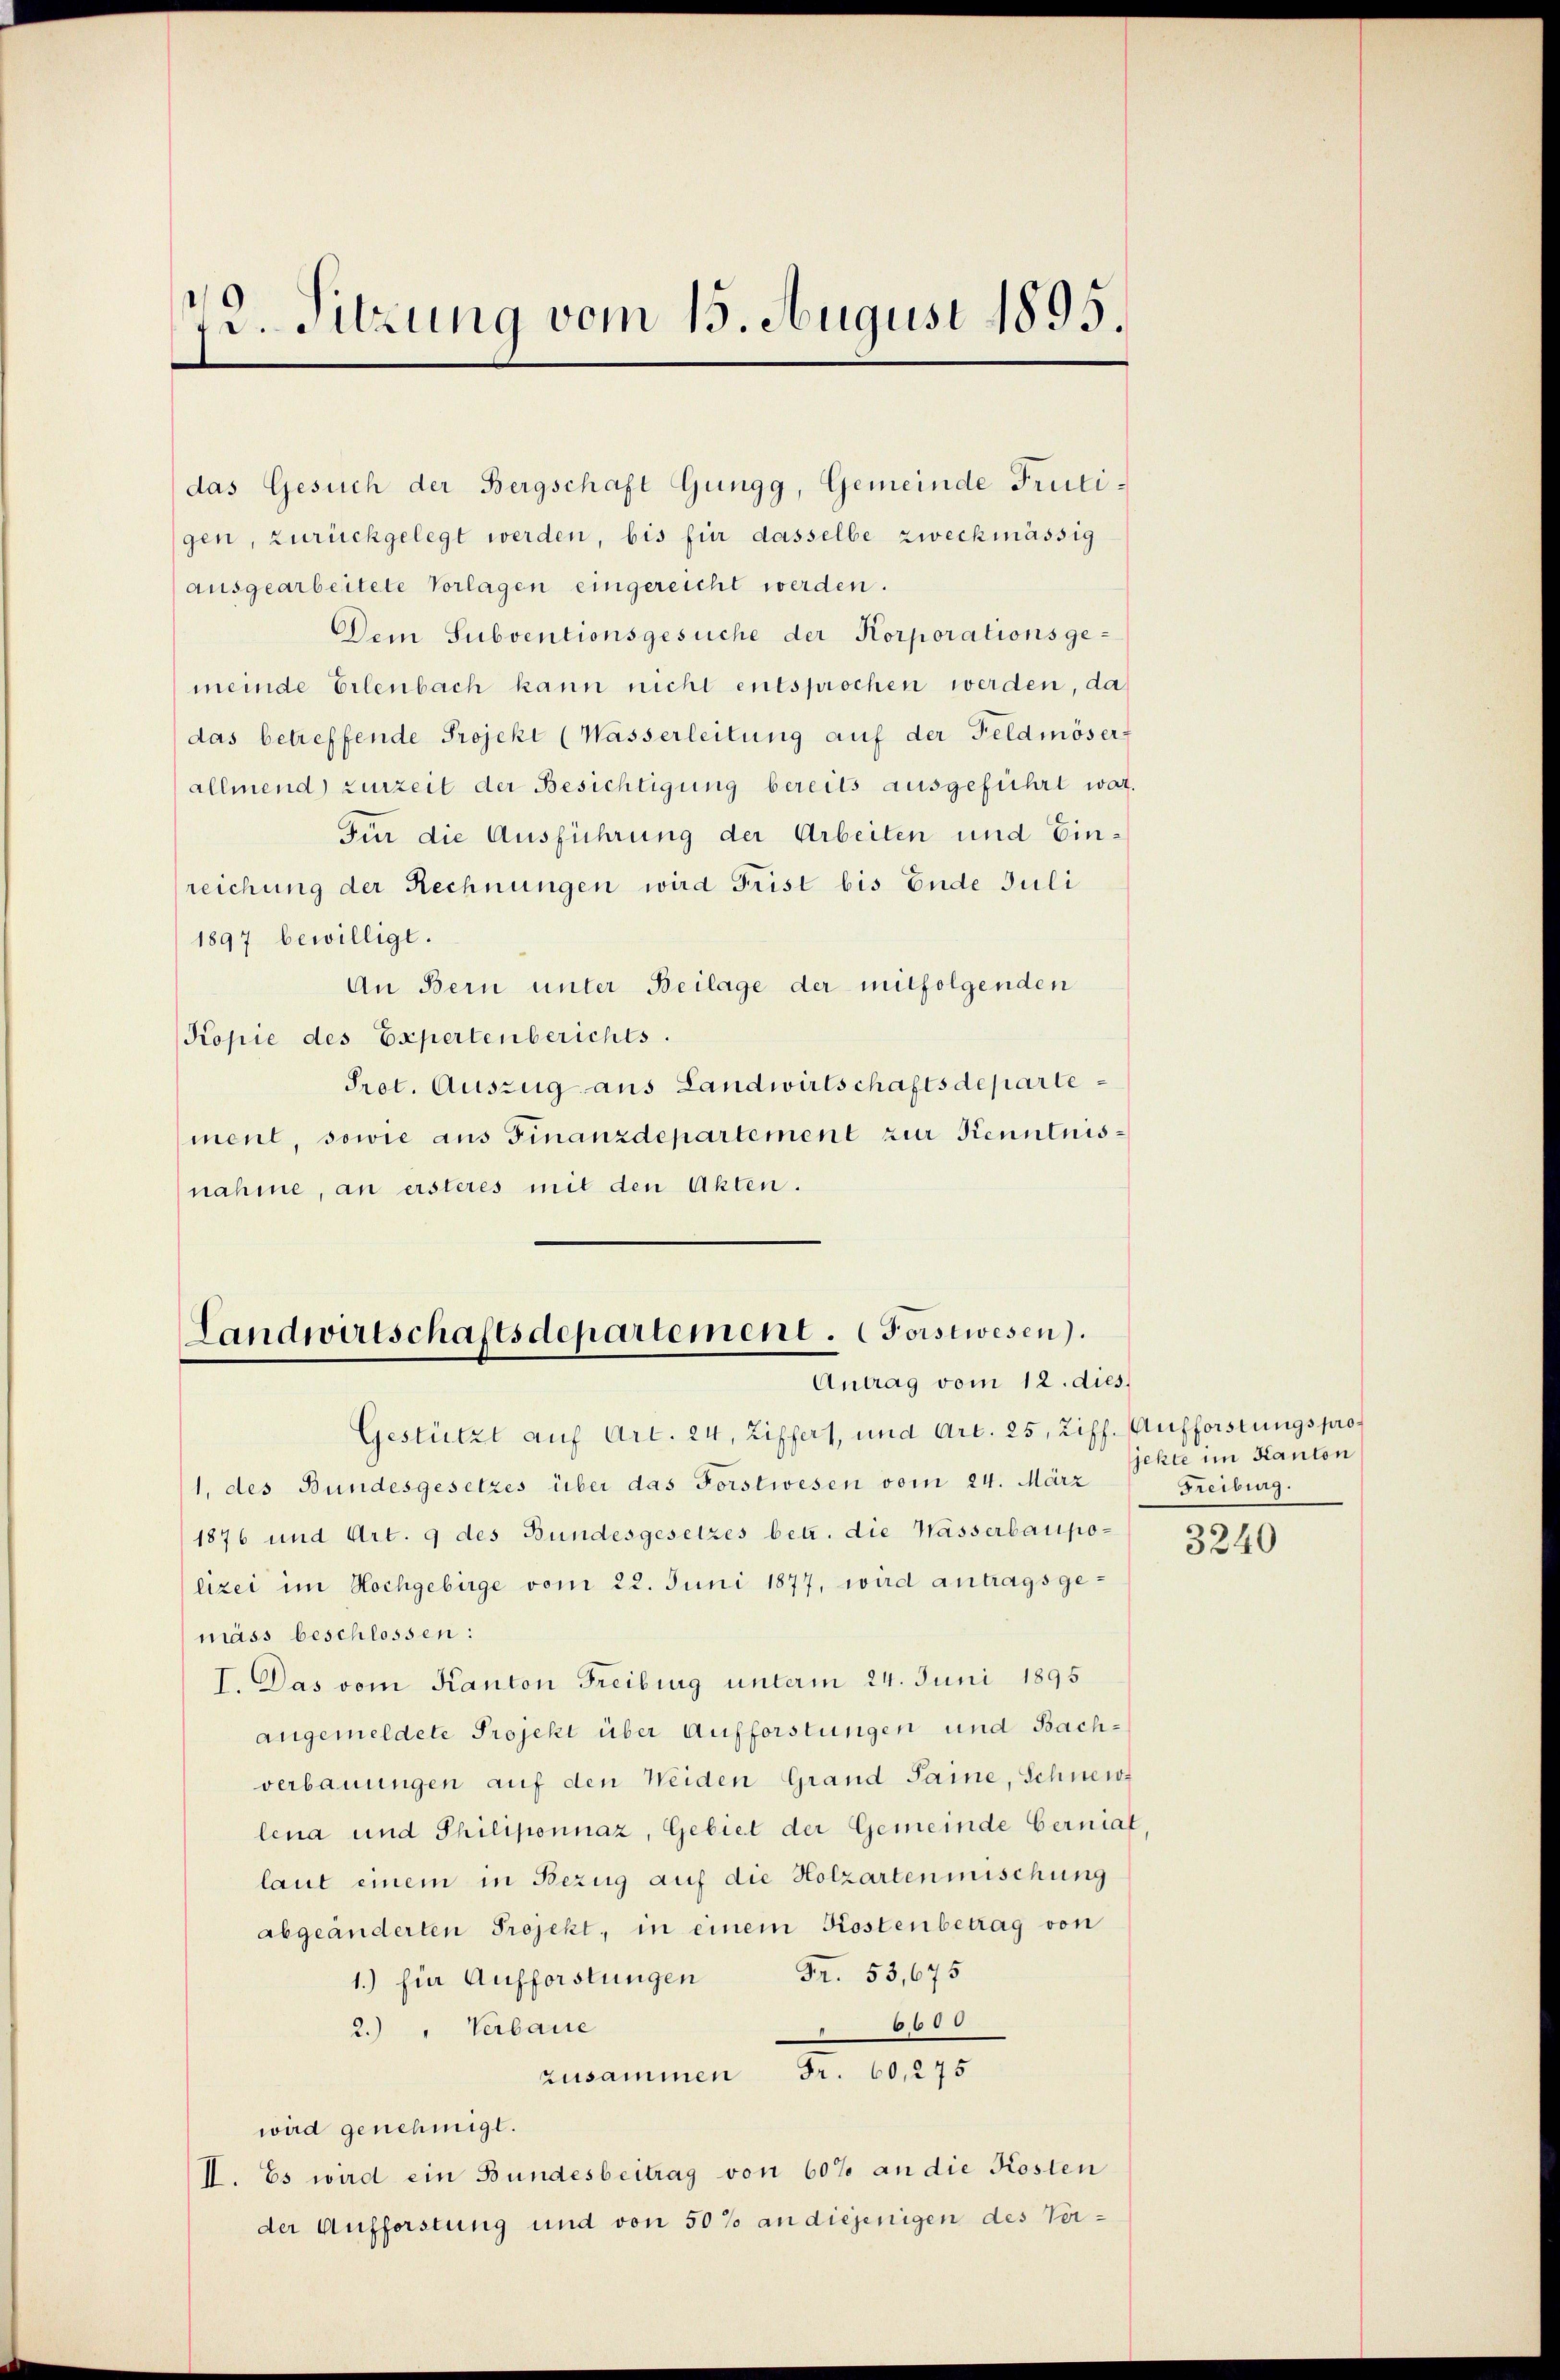
2. Sitzung vom 15. August 1895.

gen, zurückgelegt werden, bis für dasselbe zweckmässig
ausgearbeitete Vorlagen eingereicht werden.
Dem Subventionsgesuche der Korporationsgemeinde Erlenbach kann nicht entsprochen werden, da
das betreffende Projekt (Wasserleitung auf der Feldmöser-
allmend zurzeit der Besichtigung bereits ausgeführt war.
Für die Ausführung der Arbeiten und Einreichung der Rechnungen wird Frist bis Ende Juli
1897 bewilligt.
An Bern unter Beilage der mitfolgenden
Kopie des Expertenberichts.
Prot. Auszug aus Landwirtschaftsdeparte
ment, sowie aus Finanzdepartement zur Kenntnisnahme, an ersteres mit den Akten.

das Gesuch der Bergschaft Gungg, Gemeinde Fruti¬

Landwirtschaftsdepartement. Forstwesen.
Antrag vom 12. dies

Gestützt auf Art. 24, Ziffers, und Art. 25, Ziff. Aufforstungspro¬
1, des Bundesgesetzes über das Forstwesen vom 24. März
1876 und Art. 9 des Bundesgesetzes betr. die Wasserbaupolizei im Hochgebirge vom 22. Juni 1877, wird antragsgemäss beschlossen:
I. Das vom Kanton Freiburg unterm 24. Juni 1895
angemeldete Projekt über Aufforstungen und Bachverbauungen auf den Weiden Grand Saine, Schneide
lena und Philiponnaz, Gebiet der Gemeinde bernial
laut einem in Bezug auf die Holzarten mischung
abgeänderten Projekt, in einem Kostenbetrag von
1.) für Aufforstungen Fr. 53,675
6600
2. " Verbaue
zusammen Fr. 60, 275
wird genehmigt.
I. Es wird ein Bundesbeitrag von 60% an die Kosten
der Aufforstung und von 50% an diejenigen des Ver¬

jehte im Kanton
Freiburg.

3240